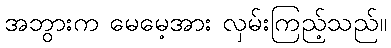
အဘွားက မေမေ့အား လှမ်းကြည့်သည်။